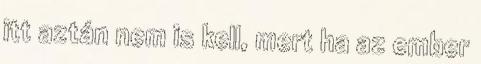
itt aztán nem is kell, mert ha az ember